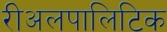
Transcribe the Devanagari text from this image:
रीअलपालिटिक